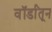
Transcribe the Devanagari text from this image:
वॉर्डांतून